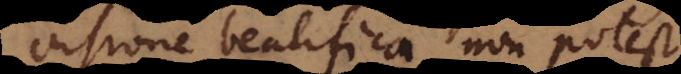
visione beatifica non potest